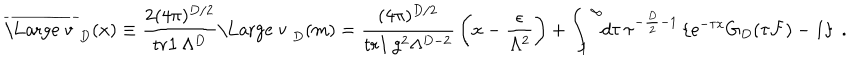
\overline { { { \mathrm { \Large ~ v ~ } } } } _ { D } ( x ) \equiv { \frac { 2 ( 4 \pi ) ^ { D / 2 } } { { \mathrm { t r } } { \bf 1 } \, \Lambda ^ { D } } } { \mathrm { \Large ~ v ~ } } _ { D } ( m ) = { \frac { ( 4 \pi ) ^ { D / 2 } } { { \mathrm { t r } } { \bf 1 } \, g ^ { 2 } \Lambda ^ { D - 2 } } } \left( x - { \frac { \epsilon } { \Lambda ^ { 2 } } } \right) + \int _ { 1 } ^ { \infty } \! \! d \tau \, \tau ^ { - { \frac { D } { 2 } } - 1 } \left\{ { \mathrm e } ^ { - \tau x } G _ { D } ( \tau { \cal F } ) - 1 \right\} \ .